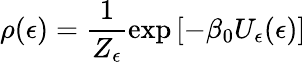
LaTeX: \rho(\epsilon)=\frac{1}{Z_{\epsilon}}\exp\left[-\beta_{0}U_{\epsilon}(\epsilon)\right]